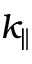
k _ { \parallel }